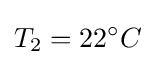
T_{2}=22^{\circ }C